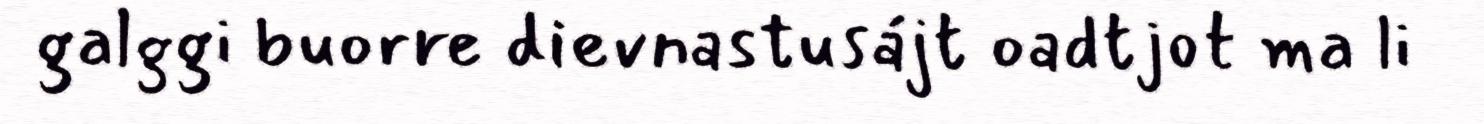
galggi buorre dievnastusájt oadtjot ma li